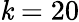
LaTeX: \mathit{k}=20